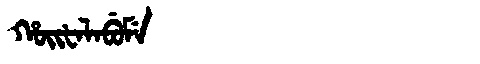
Manchu: ᡥᠣᡳᡶᠠᠯᠠᠪᡠᠮᡝ
Romanization: HOIFALABUME